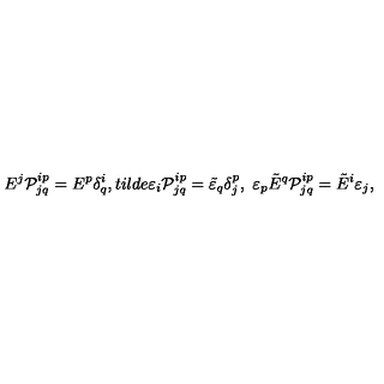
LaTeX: E ^ { j } { \cal P } _ { j q } ^ { i p } = E ^ { p } \delta _ { q } ^ { i } , t i l d e { \varepsilon } _ { i } { \cal P } _ { j q } ^ { i p } = \tilde { \varepsilon } _ { q } \delta _ { j } ^ { p } , \ \varepsilon _ { p } \tilde { E } ^ { q } { \cal P } _ { j q } ^ { i p } = \tilde { E } ^ { i } \varepsilon _ { j } ,